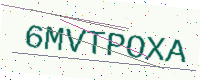
Text: 6MVTPOXA